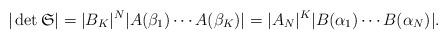
LaTeX: \begin{align*}|\det{\mathfrak{S}}|=|B_K|^N|A(\beta_1)\cdots A(\beta_K)|=|A_N|^K|B(\alpha_1)\cdots B(\alpha_N)|.\end{align*}